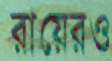
রায়েরও